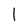
Character: l